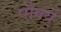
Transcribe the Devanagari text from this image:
पोर्क्य्